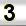
Digit: 3